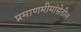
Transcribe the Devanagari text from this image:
प्रमाणमीमांसेतील